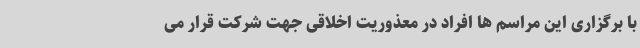
با برگزاری این مراسم ها افراد در معذوریت اخلاقی جهت شرکت قرار می